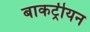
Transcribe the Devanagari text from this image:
बाकट्रीयन